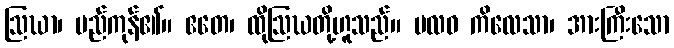
ဩဃာ၊ မည်ကုန်၏။ ဧတေ၊ ထိုဩဃတို့ဟူသည်။ ဗလဝ ကိလေသာ၊ အားကြီးသော